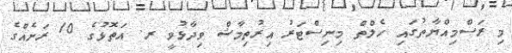
މި ރަސްމިއްޔާތުގައި ހެލްތް މިނިސްޓަރު އިރުތިމާޝް ވިދާޅުވީ ރ. އަތޮޅުގެ 10 ރަށެއްގެ